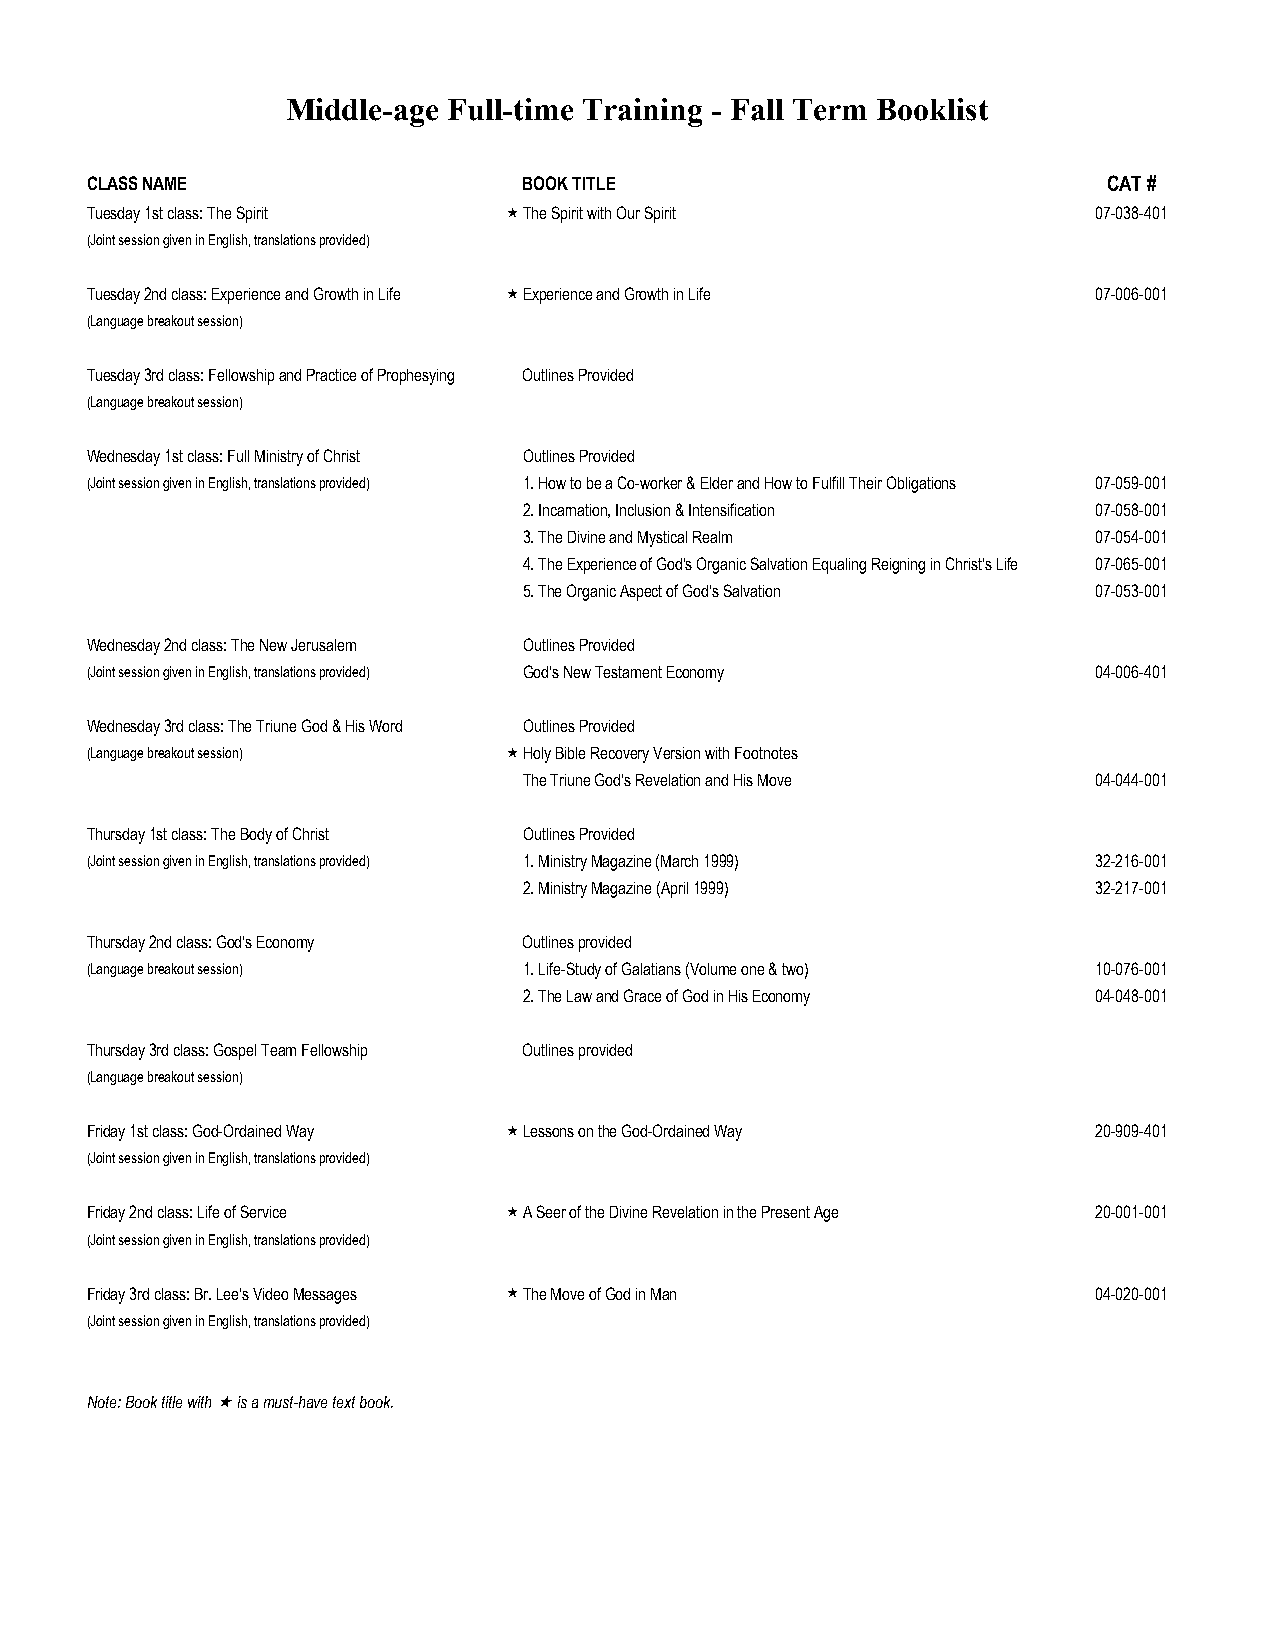
Middle-age Full-time Training - Fall Term Booklist
 CLASS NAME                   BOOK TITLE                            CAT #
 Tuesday 1st class: The Spirit The Spirit with Our Spirit          07-038-401
 (Joint session given in English, translations provided)
 Tuesday 2nd class: Experience and Growth in Life Experience and Growth in Life 07-006-001
 (Language breakout session)
 Tuesday 3rd class: Fellowship and Practice of Prophesying Outlines Provided
 (Language breakout session)
 Wednesday 1st class: Full Ministry of Christ Outlines Provided
 (Joint session given in English, translations provided) 1. How to be a Co-worker & Elder and How to Fulfill Their Obligations 07-059-001
 2. Incarnation, Inclusion & Intensification 07-058-001
 3. The Divine and Mystical Realm      07-054-001
 4. The Experience of God's Organic Salvation Equaling Reigning in Christ's Life 07-065-001
 5. The Organic Aspect of God's Salvation 07-053-001
 Wednesday 2nd class: The New Jerusalem Outlines Provided
 (Joint session given in English, translations provided) God's New Testament Economy 04-006-401
 Wednesday 3rd class: The Triune God & His Word Outlines Provided
 (Language breakout session) Holy Bible Recovery Version with Footnotes
 The Triune God's Revelation and His Move 04-044-001
 Thursday 1st class: The Body of Christ Outlines Provided
 (Joint session given in English, translations provided) 1. Ministry Magazine (March 1999) 32-216-001
 2. Ministry Magazine (April 1999)     32-217-001
 Thursday 2nd class: God's Economy Outlines provided
 (Language breakout session)  1. Life-Study of Galatians (Volume one & two) 10-076-001
 2. The Law and Grace of God in His Economy 04-048-001
 Thursday 3rd class: Gospel Team Fellowship Outlines provided
 (Language breakout session)
 Friday 1st class: God-Ordained Way Lessons on the God-Ordained Way 20-909-401
 (Joint session given in English, translations provided)
 Friday 2nd class: Life of Service A Seer of the Divine Revelation in the Present Age 20-001-001
 (Joint session given in English, translations provided)
 Friday 3rd class: Br. Lee's Video Messages The Move of God in Man 04-020-001
 (Joint session given in English, translations provided)
 Note: Book title with is a must-have text book.